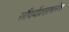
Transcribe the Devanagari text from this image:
सौंदर्यप्रसाधनेच